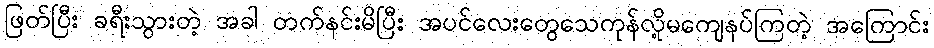
ဖြတ်ပြီး ခရီးသွားတဲ့ အခါ တက်နင်းမိပြီး အပင်လေးတွေသေကုန်လို့မကျေနပ်ကြတဲ့ အကြောင်း